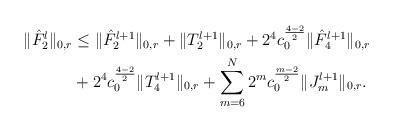
LaTeX: \begin{align*}\|\hat{F}_2^l\|_{0,r}&\le\|\hat{F}_2^{l+1}\|_{0,r}+\|T_2^{l+1}\|_{0,r}+2^4c_0^{\frac{4-2}{2}} \|\hat{F}_4^{l+1}\|_{0,r}\\&+2^4 c_0^{\frac{4-2}{2}} \|T_4^{l+1}\|_{0,r}+\sum_{m=6}^N2^m c_0^{\frac{m-2}{2}}\|J_m^{l+1}\|_{0,r}.\end{align*}